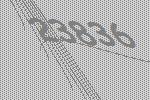
23836